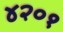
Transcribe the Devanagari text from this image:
४२०१